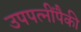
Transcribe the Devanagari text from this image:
उपपत्नींपैकी